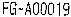
FG-A00019